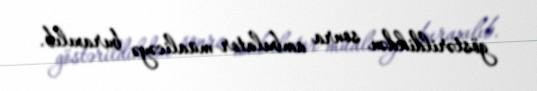
göstərildikdən sonra ambulator müalicəyə buraxılıb.